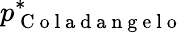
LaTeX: p_{\mathrm{~C~o~l~a~d~a~n~g~e~l~o~}}^{*}